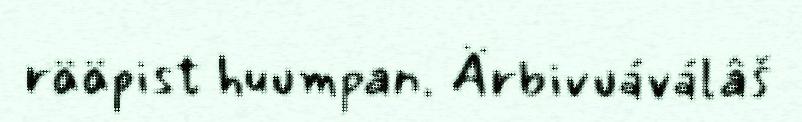
rääpist huumpan. Ärbivuáválâš